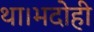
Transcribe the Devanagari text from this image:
था।भदोही